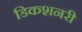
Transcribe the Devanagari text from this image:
डिकशनरी